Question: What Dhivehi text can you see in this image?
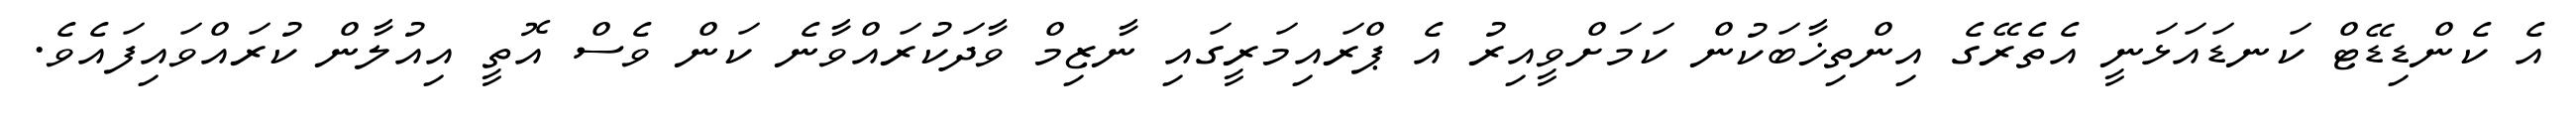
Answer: އެ ކެންޑިޑޭޓް ކަނޑައަޅަނީ އެތެރޭގެ އިންތިޚާބަކުން ކަމަށްވީއިރު އެ ޕްރައިމަރީގައި ނާޒިމް ވާދަކުރައްވާނެ ކަން ވެސް އޮތީ އިއުލާން ކުރައްވައިފައެވެ.